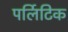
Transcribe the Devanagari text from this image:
पर्लिटिक